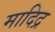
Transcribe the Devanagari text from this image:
मादिद्र